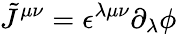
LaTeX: \tilde{J}^{\mu\nu}=\epsilon^{\lambda\mu\nu}\partial_{\lambda}\phi